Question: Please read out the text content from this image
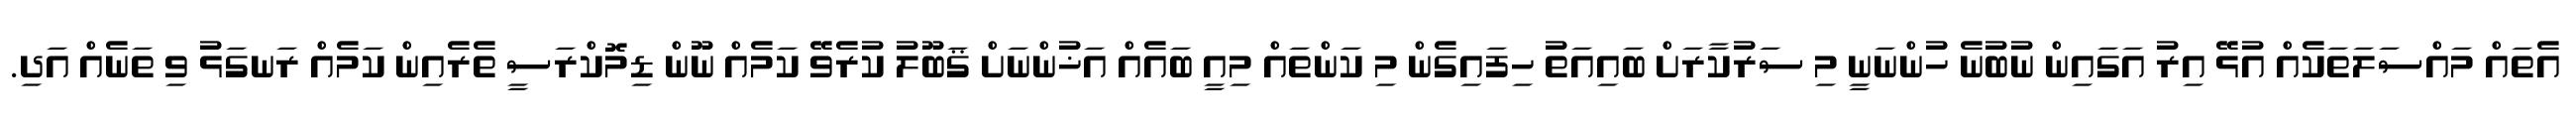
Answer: އެތައް މައްސަލަތަކެއް އުޅޭ އިރު އަގައިން ނުބުނެ ހުންނަނީ މި ސަރުކާރަށް ބައިއަތު ހިފައިގެން މި ކަންތައް މިއީ ބައެއް އަޚުންނަށް ޤަބޫލު ކުރެވޭ ކަމެއް ނޫން ޑިމޮކްރަސީ ތެރެއިން ކަމެއް ރަނގަޅު ވި ތަނެއް އަދި.